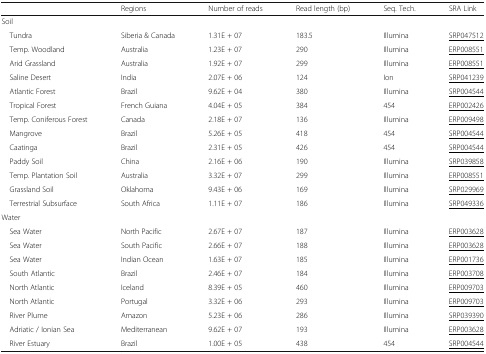
<table><thead><tr><td></td><td><b>Regions</b></td><td><b>Number of reads</b></td><td><b>Read length (bp)</b></td><td><b>Seq. Tech.</b></td><td><b>SRA Link</b></td></tr></thead><tbody><tr><td colspan="6">Soil</td></tr><tr><td> Tundra</td><td>Siberia &amp; Canada</td><td>1.31E + 07</td><td>183.5</td><td>Illumina</td><td><underline>SRP047512</underline></td></tr><tr><td> Temp. Woodland</td><td>Australia</td><td>1.23E + 07</td><td>290</td><td>Illumina</td><td><underline>ERP008551</underline></td></tr><tr><td> Arid Grassland</td><td>Australia</td><td>1.92E + 07</td><td>299</td><td>Illumina</td><td><underline>ERP008551</underline></td></tr><tr><td> Saline Desert</td><td>India</td><td>2.07E + 06</td><td>124</td><td>Ion</td><td><underline>SRP041239</underline></td></tr><tr><td> Atlantic Forest</td><td>Brazil</td><td>9.62E + 04</td><td>380</td><td>Illumina</td><td><underline>SRP004544</underline></td></tr><tr><td> Tropical Forest</td><td>French Guiana</td><td>4.04E + 05</td><td>384</td><td>454</td><td><underline>ERP002426</underline></td></tr><tr><td> Temp. Coniferous Forest</td><td>Canada</td><td>2.18E + 07</td><td>136</td><td>Illumina</td><td><underline>ERP009498</underline></td></tr><tr><td> Mangrove</td><td>Brazil</td><td>5.26E + 05</td><td>418</td><td>454</td><td><underline>SRP004544</underline></td></tr><tr><td> Caatinga</td><td>Brazil</td><td>2.31E + 05</td><td>426</td><td>454</td><td><underline>SRP004544</underline></td></tr><tr><td> Paddy Soil</td><td>China</td><td>2.16E + 06</td><td>190</td><td>Illumina</td><td><underline>SRP039858</underline></td></tr><tr><td> Temp. Plantation Soil</td><td>Australia</td><td>3.32E + 07</td><td>299</td><td>Illumina</td><td><underline>ERP008551</underline></td></tr><tr><td> Grassland Soil</td><td>Oklahoma</td><td>9.43E + 06</td><td>169</td><td>lllumina</td><td><underline>SRP029969</underline></td></tr><tr><td> Terrestrial Subsurface</td><td>South Africa</td><td>1.11E + 07</td><td>186</td><td>Illumina</td><td><underline>SRP049336</underline></td></tr><tr><td colspan="6">Water</td></tr><tr><td> Sea Water</td><td>North Pacific</td><td>2.67E + 07</td><td>187</td><td>Illumina</td><td><underline>ERP003628</underline></td></tr><tr><td> Sea Water</td><td>South Pacific</td><td>2.66E + 07</td><td>188</td><td>Illumina</td><td><underline>ERP003628</underline></td></tr><tr><td> Sea Water</td><td>Indian Ocean</td><td>1.63E + 07</td><td>185</td><td>Illumina</td><td><underline>ERP001736</underline></td></tr><tr><td> South Atlantic</td><td>Brazil</td><td>2.46E + 07</td><td>184</td><td>Illumina</td><td><underline>ERP003708</underline></td></tr><tr><td> North Atlantic</td><td>Iceland</td><td>8.39E + 05</td><td>460</td><td>Illumina</td><td><underline>ERP009703</underline></td></tr><tr><td> North Atlantic</td><td>Portugal</td><td>3.32E + 06</td><td>293</td><td>Illumina</td><td><underline>ERP009703</underline></td></tr><tr><td> River Plume</td><td>Amazon</td><td>5.23E + 06</td><td>286</td><td>Illumina</td><td><underline>SRP039390</underline></td></tr><tr><td> Adriatic / Ionian Sea</td><td>Mediterranean</td><td>9.62E + 07</td><td>193</td><td>Illumina</td><td><underline>ERP003628</underline></td></tr><tr><td> River Estuary</td><td>Brazil</td><td>1.00E + 05</td><td>438</td><td>454</td><td><underline>SRP004544</underline></td></tr></tbody></table>